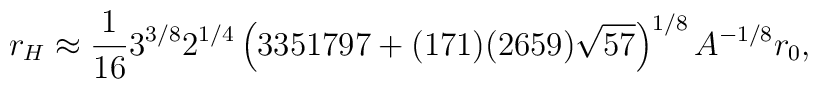
r_H\approx \frac{1}{16}3^{3/8}2^{1/4}\left(3351797+(171)(2659)\sqrt{57}\right)^{1/8} A^{-1/8}r_0,